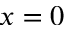
x = 0